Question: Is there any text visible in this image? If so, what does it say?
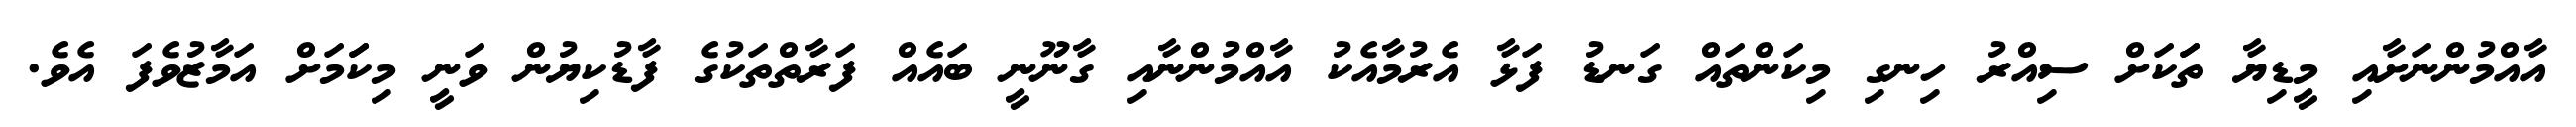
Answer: އާއްމުންނަށާއި މީޑިޔާ ތަަކަށް ސިއްރު ހިނގި މިކަންތައް ގަނޑު ފަޅާ އެރުމާއެކު އާއްމުންނާއި ގާނޫނީ ބައެއް ފަރާތްތަކުގެ ފާޑުކިޔުން ވަނީ މިކަަމަށް އަމާޒުވެފަ އެވެ.